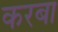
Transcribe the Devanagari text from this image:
करबा